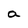
Character: a